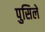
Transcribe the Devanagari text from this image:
पुसिले